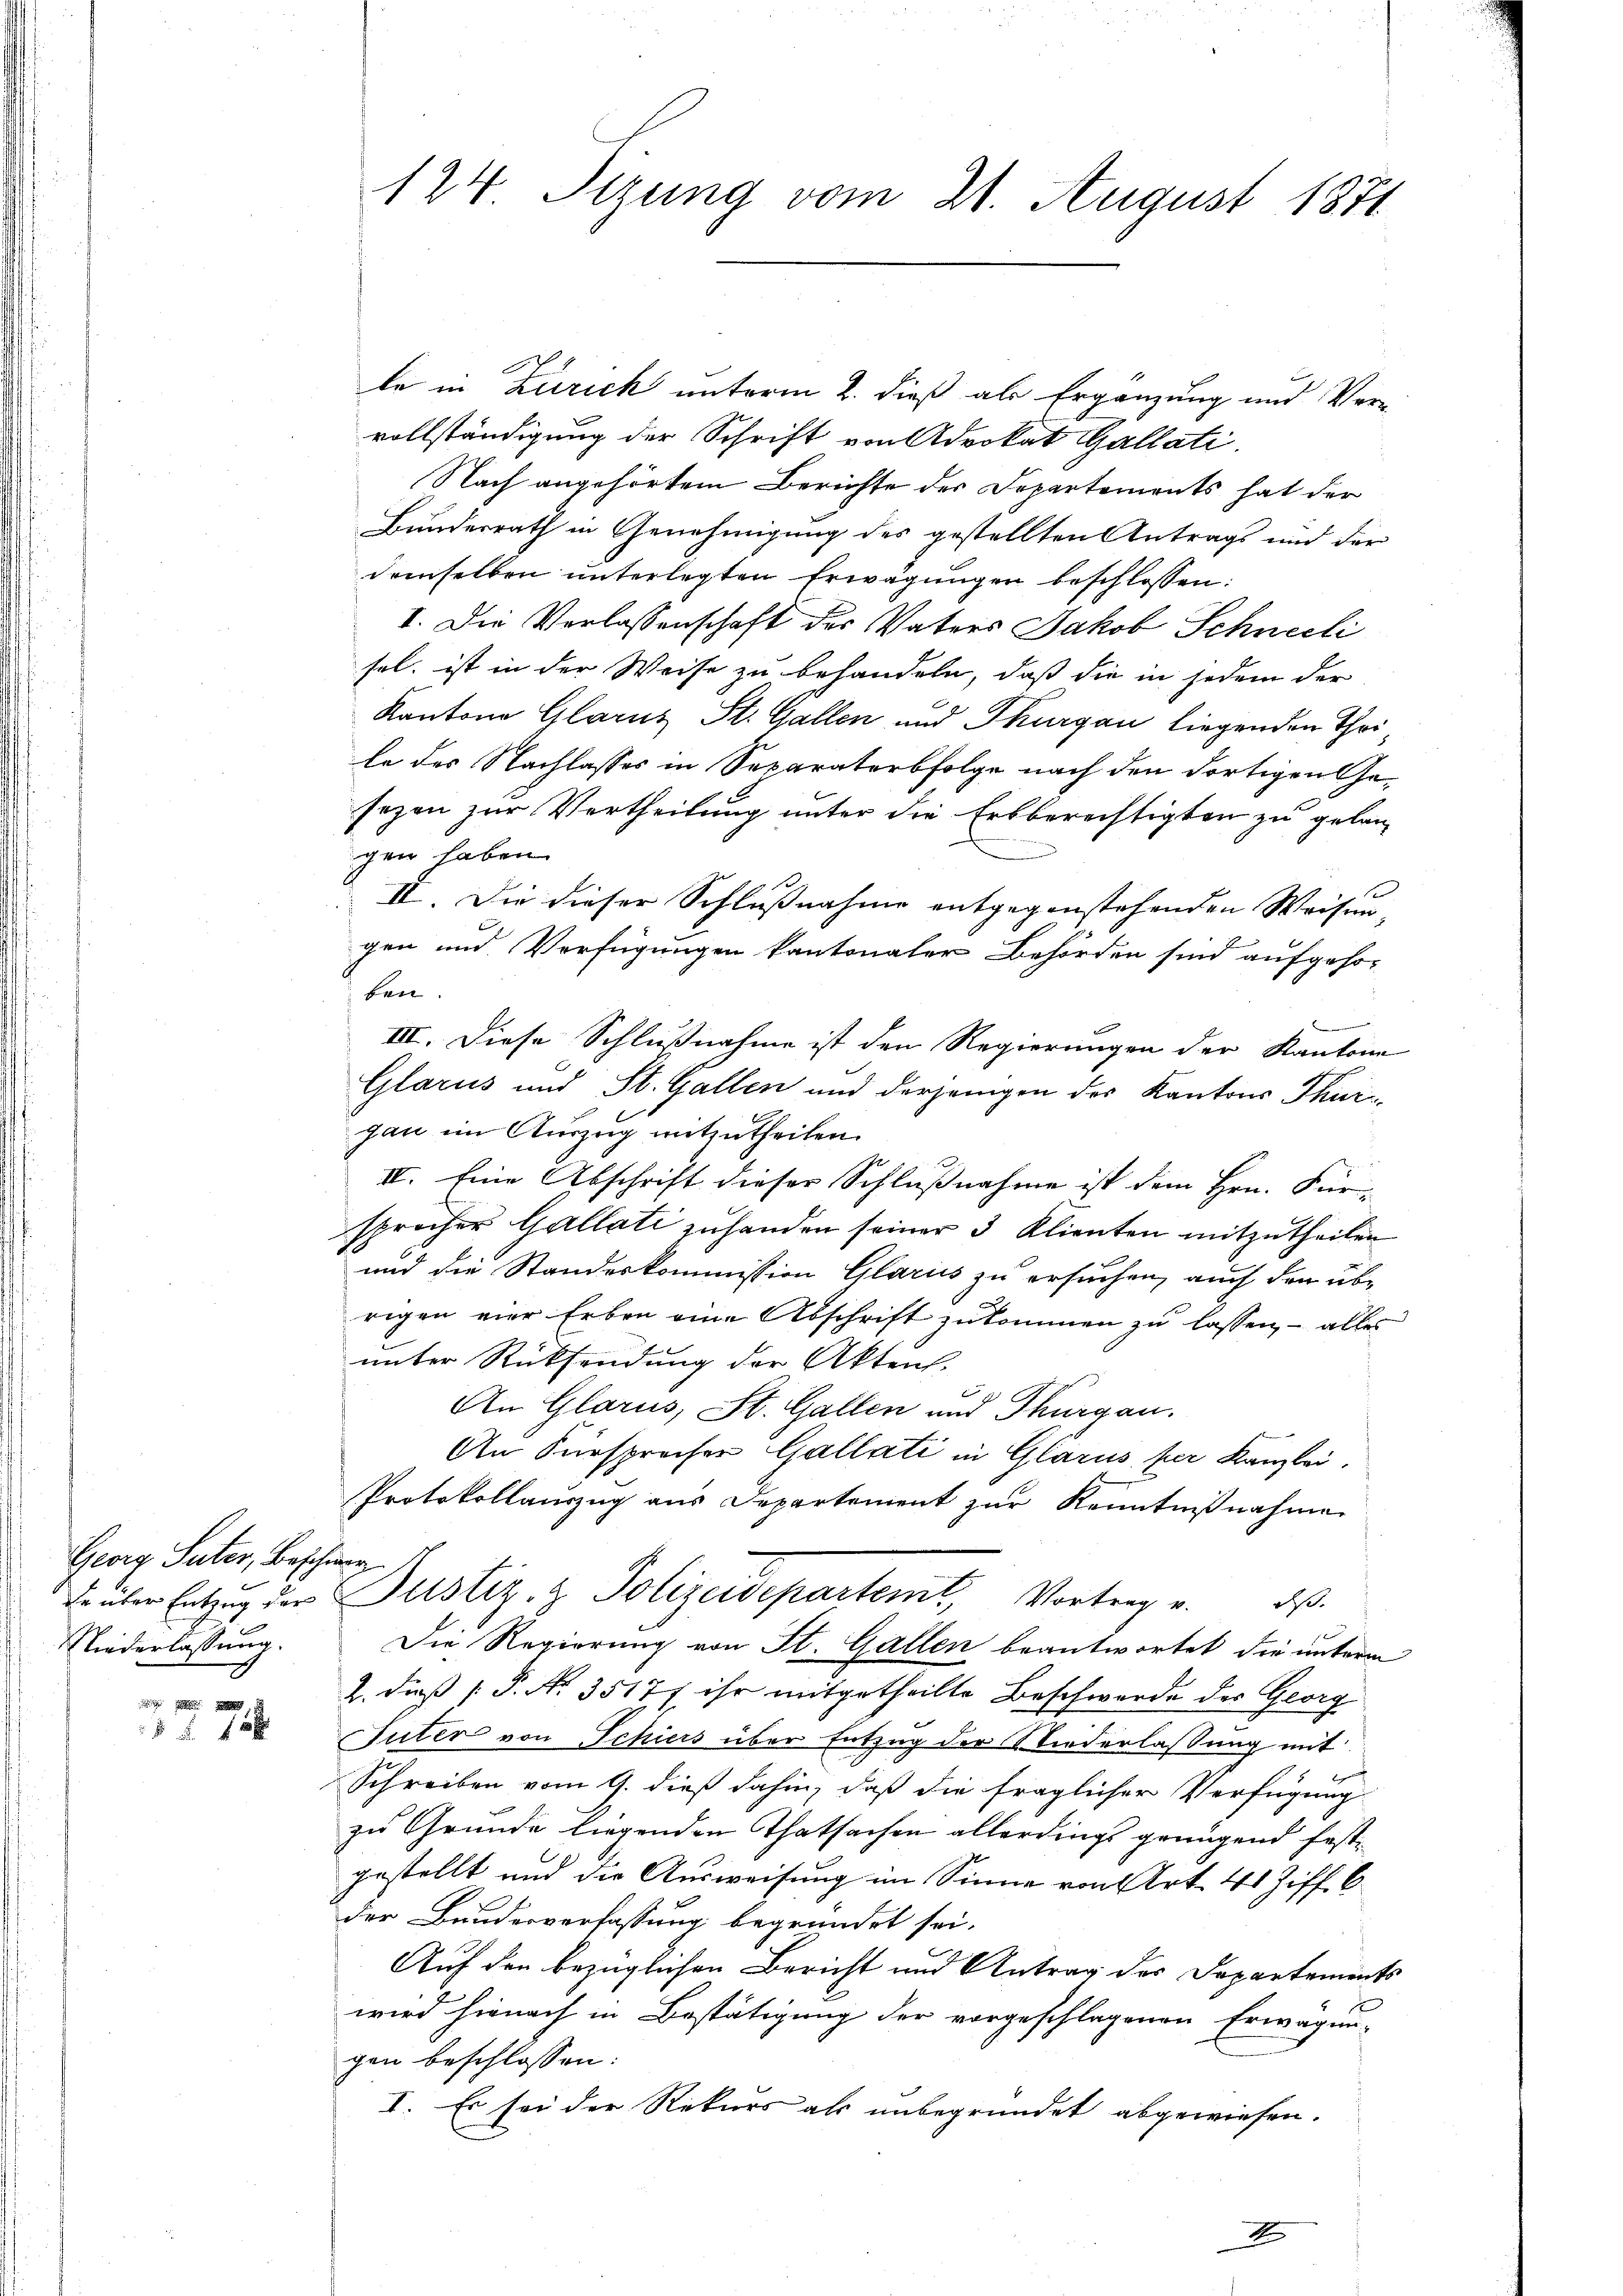
Georg Suter, Beschier
Niederlassung.

f 48 x

le in Zürich unterm 2. dieß als Ergänzung und Vervollständigung der Schrift von Advokat Gallati
Nach angehörtem Berichte der Departements hat der
Bundesrath in Genehmigung des gestellten Antrags und der
demselben unterlegten Erwägungen beschlossen:
I. Die Verlassenschaft der Vaters Jakob Schneeli
sel. ist in der Weise zu behandeln, daß die in jedem der
Kantone Glarus St. Gallen und Thurgau liegenden Thei
le des Nachlasses in Separaterbfolge nach den dortigen Gefezen zur Vertheilung unter die Erbberechtigten zu gelangen haben.
II. Die dieser Schlußnahme entgegenstehenden Weisen-
gen und Verfügungen kantonaler Behörden sind aufgehoben.
.
III. Diese Schlußnahme ist den Regierungen der Kantone
Glarus und St. Gallen und derjenigen des Kantons Thurgau im Auszug mitzutheilen.
IV. Eine Abschrift dieser Schlussnahme ist dem Hrn. Für
sprocher Gallati zuhanden seiner 3 Klienten mitzutheilen
und die Standeskommission Glarus zu ersuchen, auch den übrigen vier Erben eine Abschrift zukommen zu lassen, – alles
unter Rücksendung der Akten.
An Glarus, St. Gallen und Thurgau.
An Fürsprecher Gallati in Glarus per Kanzlei.
Protokollauszug aus Departement zur Kenntnißnahme
Er über Entzug der Justiz- & Polizeidepartent, Vortrag u. ds.
Die Regierung von St. Gallen beantwortet die unterm
2. dieß P. No. 3517/ ihr mitgetheilte Beschwerde des Georg
Suter von Schiers über Entzug der Wiederlassung mit
Schreiben vom 9. dieß dahin, daß die fraglicher Verfügung
zu Grunde liegenden Thatsachen allerdings grungend festgestellt und die Ausweisung im Sinne von Art. 41 Ziff. 6
der Bundesverfassung begründet sei.
Auf den bezüglichen Bericht und Antrag des Departements
wird hienach in Bestätigung der vorgeschlagenen Erwägun-
gen beschlossen:
I. Es sei der Rekurs als unbegründet abgewiesen.

124. Stzung vom 21. August 1871.